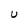
Character: U